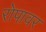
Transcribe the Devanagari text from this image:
रोपावर